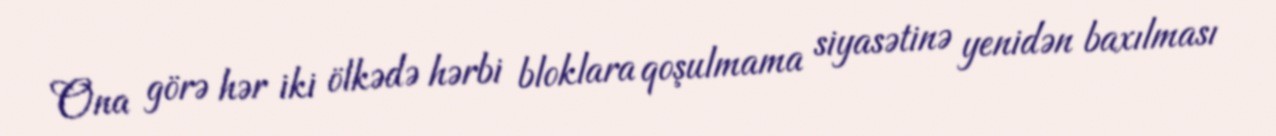
Ona görə hər iki ölkədə hərbi bloklara qoşulmama siyasətinə yenidən baxılması